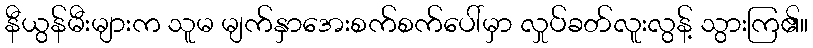
နီယွန်မီးများက သူမ မျက်နှာအေးစက်စက်ပေါ်မှာ လှုပ်ခတ်လူးလွန့် သွားကြ၏။